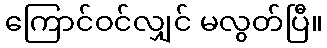
ကြောင်ဝင်လျှင် မလွတ်ပြီ။